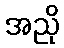
အညို